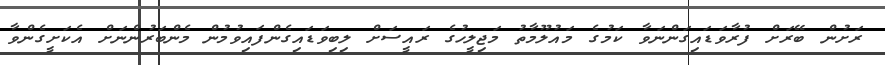
ރަށުން ބޭރަށް ފުރާވަޑައިގަންނަވާ ކަމުގެ މައުލޫމާތު މަޖިލީހުގެ ރައީސަށް ލިބިވަޑައިގެންފައިވުމުން މެންބަރުންނަށް އެކަށީގެންވާ